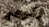
رقيقة